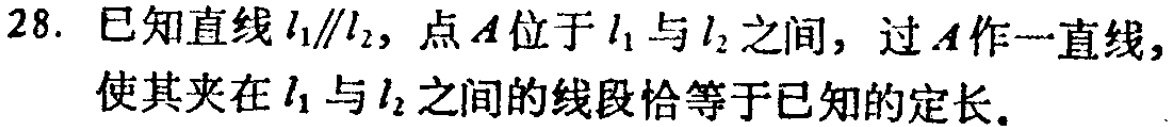
28. 已知直线\(l_1\parallel l_2\)，点\(A\)位于\(l_1\)与\(l_2\)之间，过\(A\)作一直线，使其夹在\(l_1\)与\(l_2\)之间的线段恰等于已知的定长。